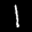
Label: 1